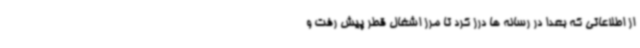
از اطلاعاتی که بعدا در رسانه ها درز کرد تا مرز اشغال قطر پیش رفت و